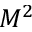
M ^ { 2 }